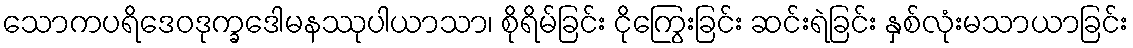
သောကပရိဒေဝဒုက္ခဒေါမနဿုပါယာသာ၊ စိုရိမ်ခြင်း ငိုကြွေးခြင်း ဆင်းရဲခြင်း နှစ်လုံးမသာယာခြင်း